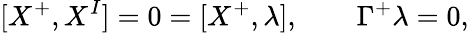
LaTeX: [X^{+},X^{I}]=0=[X^{+},\lambda],\qquad\Gamma^{+}\lambda=0,